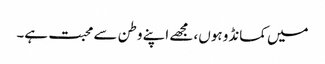
میں کمانڈو ہوں، مجھے اپنے وطن سے محبت ہے۔